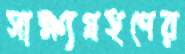
সাক্ষ্যগ্রহণের